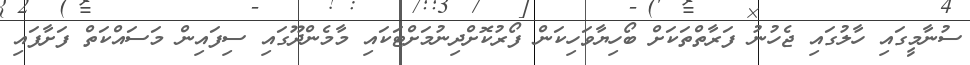
ސުނާމީގައި ހާލުގައި ޖެހުނު ފަރާތްތަކަށް ބޯހިޔާވަހިކަން ފޯރުކޮށްދިނުމަށްޓަކައި މާމެންދޫގައި ސިފައިން މަސައްކަތް ފަށާފައި